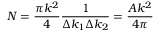
N = \frac { \pi k ^ { 2 } } { 4 } \frac { 1 } { \Delta k _ { 1 } \Delta k _ { 2 } } = \frac { A k ^ { 2 } } { 4 \pi }